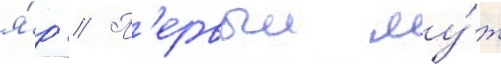
я́р // П'ервыи му́ж